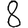
Digit: 8